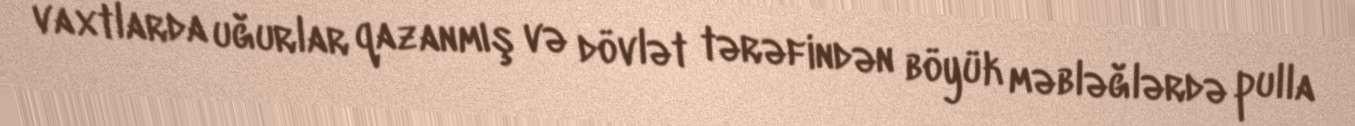
vaxtlarda uğurlar qazanmış və dövlət tərəfindən böyük məbləğlərdə pulla